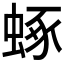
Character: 𧌮